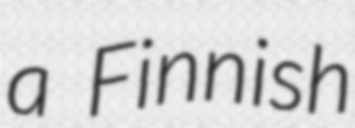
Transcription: a Finnish